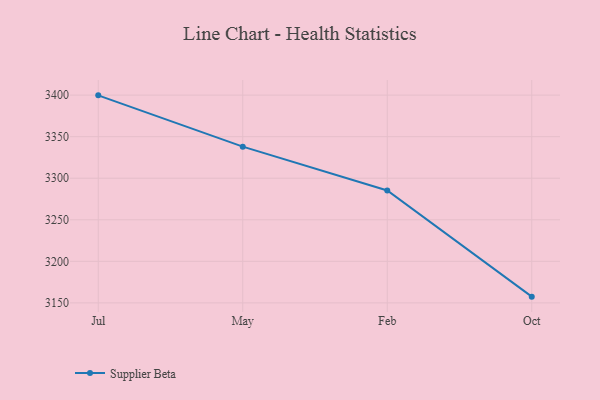
{"axis": {"x": "Month", "y": "Satisfaction Score"}, "legend": ["Supplier Beta"], "data": [{"x": "Jul", "y": 3399.7, "type": "Supplier Beta"}, {"x": "May", "y": 3338.0, "type": "Supplier Beta"}, {"x": "Feb", "y": 3285.3, "type": "Supplier Beta"}, {"x": "Oct", "y": 3157.5, "type": "Supplier Beta"}]}